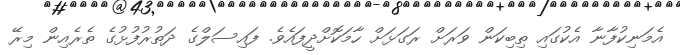
އެމަނިކުފާނާ އެކުގައި ތިބިކަން ވަރަށް ރަގަޅަށް ހާމަކޮށްދީފައެވެ. ފައިސަލްގެ ދަތުރުފުޅުގެ ތެރެއިން މިރޭ